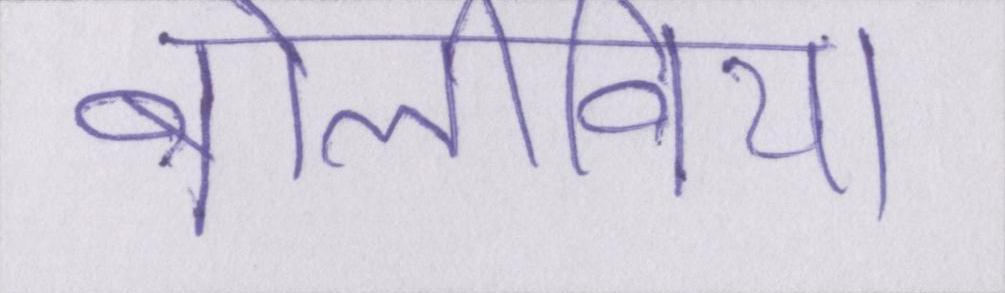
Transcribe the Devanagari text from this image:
बोलीविया